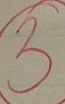
3